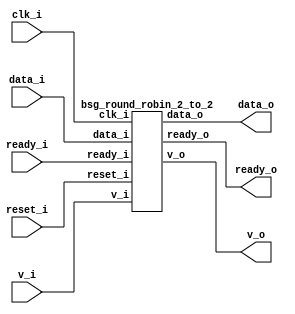


module top
(
  clk_i,
  reset_i,
  data_i,
  v_i,
  ready_o,
  data_o,
  v_o,
  ready_i
);

  input [31:0] data_i;
  input [1:0] v_i;
  output [1:0] ready_o;
  output [31:0] data_o;
  output [1:0] v_o;
  input [1:0] ready_i;
  input clk_i;
  input reset_i;

  bsg_round_robin_2_to_2
  wrapper
  (
    .data_i(data_i),
    .v_i(v_i),
    .ready_o(ready_o),
    .data_o(data_o),
    .v_o(v_o),
    .ready_i(ready_i),
    .clk_i(clk_i),
    .reset_i(reset_i)
  );


endmodule



module bsg_round_robin_2_to_2
(
  clk_i,
  reset_i,
  data_i,
  v_i,
  ready_o,
  data_o,
  v_o,
  ready_i
);

  input [31:0] data_i;
  input [1:0] v_i;
  output [1:0] ready_o;
  output [31:0] data_o;
  output [1:0] v_o;
  input [1:0] ready_i;
  input clk_i;
  input reset_i;
  wire [1:0] ready_o,v_o;
  wire [31:0] data_o;
  wire N0,N1,N2,N3,N4,N5,N6,N7,N8,N9,N10;
  reg head_r;
  assign N6 = (N0)? 1'b0 : 
              (N1)? N5 : 1'b0;
  assign N0 = reset_i;
  assign N1 = N4;
  assign data_o = (N2)? { data_i[15:0], data_i[31:16] } : 
                  (N3)? data_i : 1'b0;
  assign N2 = head_r;
  assign N3 = N7;
  assign v_o = (N2)? { v_i[0:0], v_i[1:1] } : 
               (N3)? v_i : 1'b0;
  assign ready_o = (N2)? { ready_i[0:0], ready_i[1:1] } : 
                   (N3)? ready_i : 1'b0;
  assign N4 = ~reset_i;
  assign N5 = N9 ^ N10;
  assign N9 = head_r ^ N8;
  assign N8 = v_i[1] & ready_o[1];
  assign N10 = v_i[0] & ready_o[0];
  assign N7 = ~head_r;

  always @(posedge clk_i) begin
    if(1'b1) begin
      head_r <= N6;
    end 
  end


endmodule